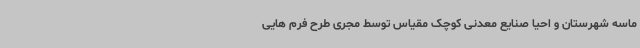
ماسه شهرستان و احیا صنایع معدنی کوچک مقیاس توسط مجری طرح فرم هایی